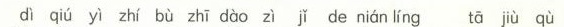
dì qíu yī zhī bù zhī dào zì jí de nián líng tā jiù qù